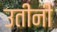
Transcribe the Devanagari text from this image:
उतींनी